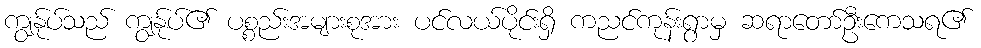
ကျွန်ုပ်သည် ကျွန်ုပ်၏ ပစ္စည်းအများစုအား ပင်လယ်ပိုင်းရှိ ကညင်ကုန်းရွာမှ ဆရာတော်ဦးကေသရ၏